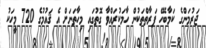
ޖަރުމަންގެ ކަމާބެހޭ ފަރާތްތަކުން ހާމަކުރައްވާ ގޮތުގައި މިހާތަނަށް އެ ޤައުމުގެ 720 މީހަކު